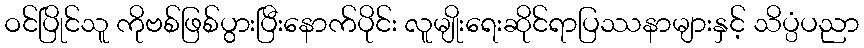
ဝင်ပြိုင်သူ ကိုဗစ်ဖြစ်ပွားပြီးနောက်ပိုင်း လူမျိုးရေးဆိုင်ရာပြဿနာများနှင့် သိပ္ပံပညာ